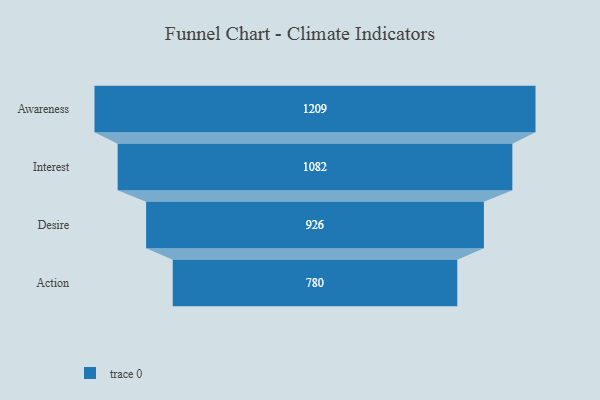
{"axis": {"x": "Stage", "y": "Value"}, "legend": [""], "data": [{"x": "Awareness", "y": 1209.0, "type": ""}, {"x": "Interest", "y": 1082.0, "type": ""}, {"x": "Desire", "y": 926.0, "type": ""}, {"x": "Action", "y": 780.0, "type": ""}]}